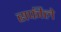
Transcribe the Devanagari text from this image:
सर्फीले